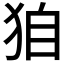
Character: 𤝼